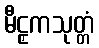
မီဠှကသုတ္တံ